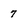
Character: 7